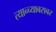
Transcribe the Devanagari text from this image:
त्यान्च्याबराबर